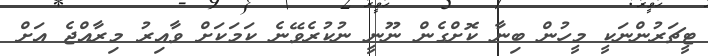
ޓީޗަރުންނަކީ މީހުން ބިނާ ކޮށްގެން ނޫނީ ނުކުރެވޭނެ ކަމަކަށް ވާއިރު މިރާއްޖެ އަށް